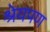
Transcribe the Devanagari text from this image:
श्रेयपण